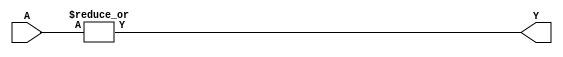
module test (A, Y);
    input [6:0] A;
    output Y;
    assign Y = |A;
endmodule